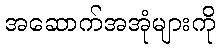
အဆောက်အအုံများကို